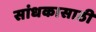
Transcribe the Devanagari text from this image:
सांधकासाठी